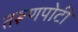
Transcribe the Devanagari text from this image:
तरूणपोटी